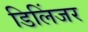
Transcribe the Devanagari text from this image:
डिलिंजर